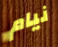
نيام